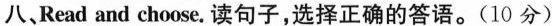
八、Read and choose.读句子,选择正确的答语.(10 分)